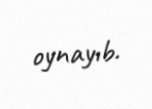
oynayıb.